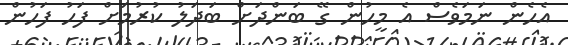
އެހެން ނަމަވެސް އެ މީހުން ގޭ ބަންދަށް ބަދަލު ކުރުމަށް ފަހު ފަހުން